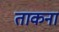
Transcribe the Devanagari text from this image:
ताकना